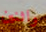
واثنين